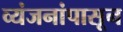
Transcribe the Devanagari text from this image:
व्यंजनांपासून